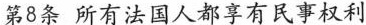
第8条所有法国人都享有民事权利